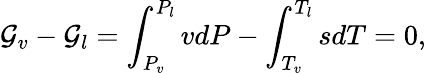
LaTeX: \mathcal{G}_{v}-\mathcal{G}_{l}=\int_{P_{v}}^{P_{l}}vdP-\int_{T_{v}}^{T_{l}}sdT=0,